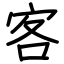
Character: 客